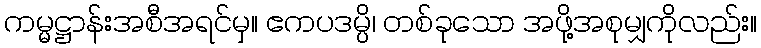
ကမ္မဋ္ဌာန်းအစီအရင်မှ။ ဧကပဒမ္ပိ၊ တစ်ခုသော အဖို့အစုမျှကိုလည်း။